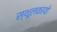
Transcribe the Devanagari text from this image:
स्थूलकायो